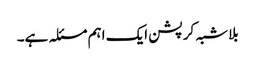
بلاشبہ کرپشن ایک اہم مسئلہ ہے۔